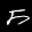
Label: 5